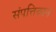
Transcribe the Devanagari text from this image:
संपत्तिवान